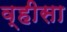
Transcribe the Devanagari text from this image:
व्हीसा